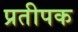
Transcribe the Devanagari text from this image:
प्रतीपक